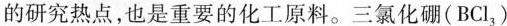
的研究热点，也是重要的化工原料。三氯化硼(BCl_{3})